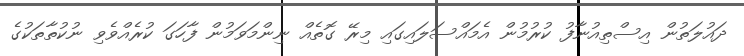
ދައުލަތުން އިސްތިއުނާފު ކުރުމުން އެމައްސަލައިގައި މިރޭ ގޮތެއް ނިންމަވަމުން ފާހަގަ ކުރެއްވެވި ނުކުތާތަކުގެ